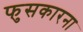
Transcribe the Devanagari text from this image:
फुसकारना